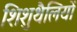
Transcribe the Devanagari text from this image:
शिशुथैलियों